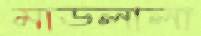
মাডলালা